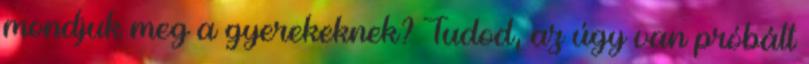
mondjuk meg a gyerekeknek? Tudod, az úgy van próbált